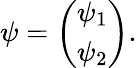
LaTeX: \psi=\left(\begin{array}{l}{{\psi_{1}}}\\ {{\psi_{2}}}\end{array}\right).